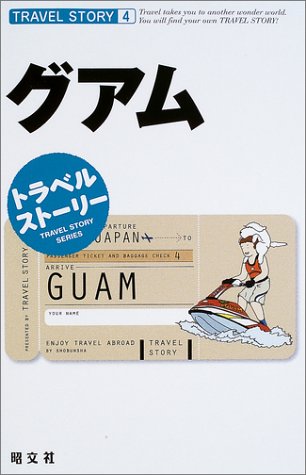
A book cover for Travel stories <4> Guam [Japanese Edition]; Shobunsha; Travel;